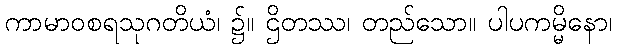
ကာမာဝစရသုဂတိယံ၊ ၌။ ဌိတဿ၊ တည်သော။ ပါပကမ္မိနော၊